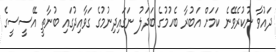
ދައުވާ ނުކުރެވޭނެ ކަމަށް އަބުރާ ބެހުމުގެ ބަދަލު ނަގައިދިނުމުގެ ގަވާއިދުގައި ބުނާތީ އޭސީސީގެ